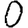
Digit: 0